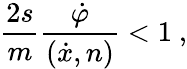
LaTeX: \frac{2s}{m}\frac{\dot{\varphi}}{(\dot{x},n)}<1\ ,